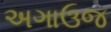
અગાઉજ